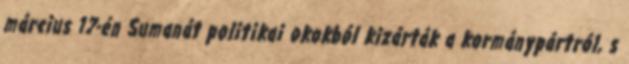
március 17-én Sumanát politikai okokból kizárták a kormánypártról, s